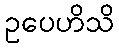
ဥပေဟိသိ